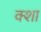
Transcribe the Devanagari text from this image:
क्शा